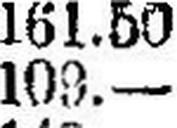
109.—